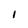
Character: I